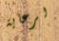
لرعاية